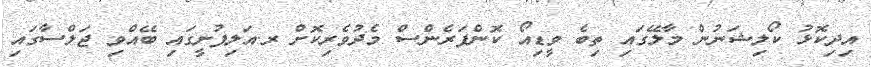
އިދިކޮޅު ކޯލިޝަނުން މާލޭގައި ތިބެ ވީޑިއޯ ކޮންފަރެންސް މެދުވެރިކޮށް ރ.އަލިފުށީގައި ބޭއްވި ޖަލްސާގައި